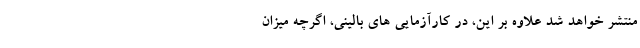
منتشر خواهد شد علاوه بر این، در کارآزمایی های بالینی، اگرچه میزان